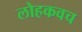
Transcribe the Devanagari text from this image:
लोहकवच